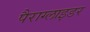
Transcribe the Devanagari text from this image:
पैराग्लाइडर